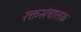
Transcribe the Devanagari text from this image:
रक्तसंचालक